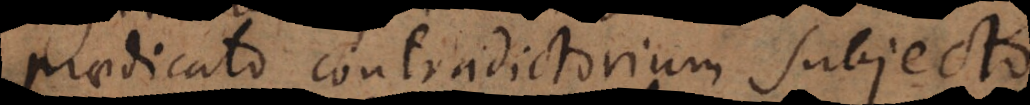
praedicato contradictorium subjecto